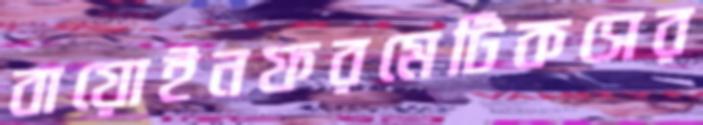
বায়োইনফরমেটিকসের